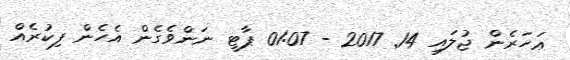
ޢަހަރެން ޖުލައި 14